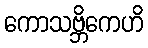
ကောသဗ္ဘိကေဟိ